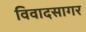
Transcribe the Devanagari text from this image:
विवादसागर